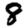
Digit: 8